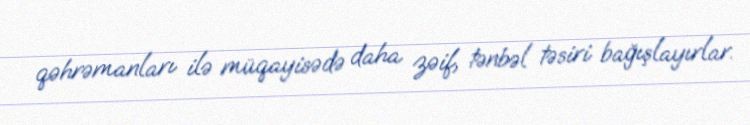
qəhrəmanları ilə müqayisədə daha zəif, tənbəl təsiri bağışlayırlar.